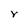
Character: r